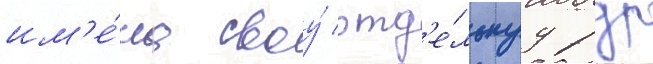
им'е́ла своу́ отд'е́льнуу рдр